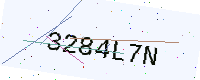
Text: 3284L7N